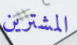
المشترين